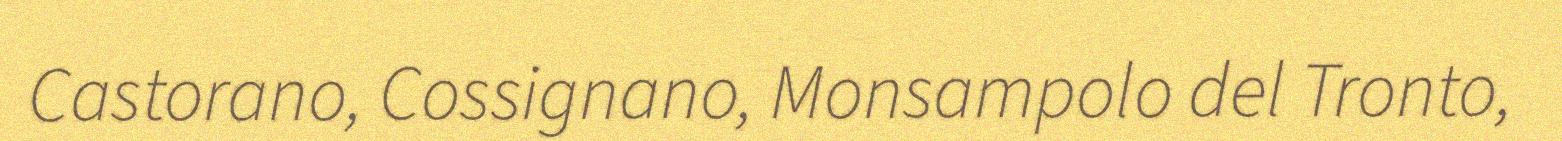
Castorano, Cossignano, Monsampolo del Tronto,